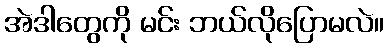
အဲဒါတွေကို မင်း ဘယ်လိုပြောမလဲ။